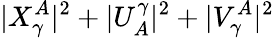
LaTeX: |X_{\gamma}^{A}|^{2}+|U_{A}^{\gamma}|^{2}+|V_{\gamma}^{A}|^{2}